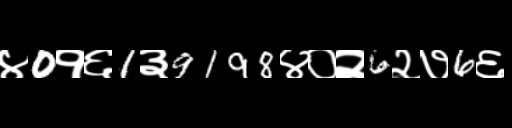
Text: ४0१६1३9198४०२6२७6६